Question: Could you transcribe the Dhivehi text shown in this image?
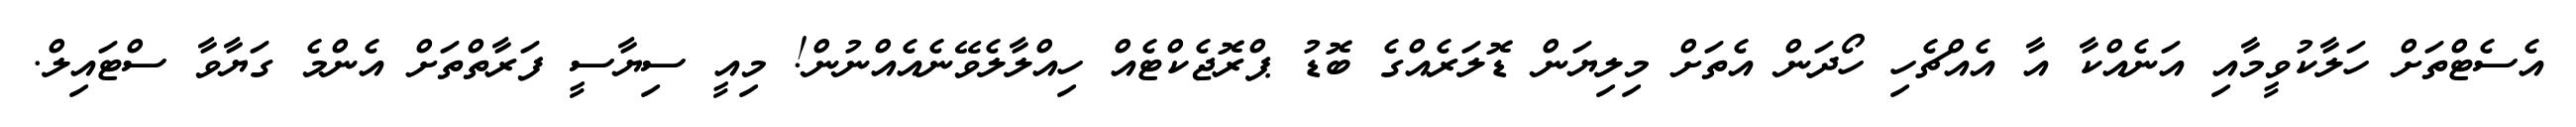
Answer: އެސެޓްތަށް ހަލާކުވީމާއި އަނެއްކާ އާ އެއްޗެހި ހޯދަން އެތަށް މިލިޔަން ޑޮލަރެއްގެ ބޮޑު ޕްރޮޖެކްޓެއް ހިއްލާލެވޭނެއެއްނުން! މިއީ ސިޔާސީ ފަރާތްތަށް އެންމެ ގަޔާވާ ސްޓައިލް.